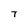
Character: T